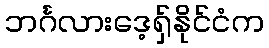
ဘင်္ဂလားဒေ့ရှ်နိုင်ငံက